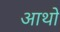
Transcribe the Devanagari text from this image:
आथो